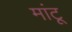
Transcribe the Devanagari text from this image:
मांटू